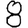
Digit: 8